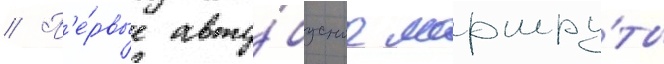
// П'е́рвые авто́бусные маршру́ты